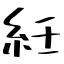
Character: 紝